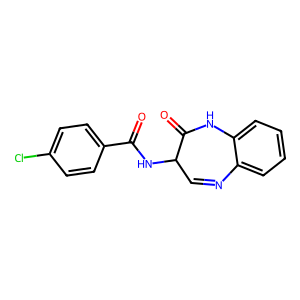
SMILES: O=C(NC1C=Nc2ccccc2NC1=O)c1ccc(Cl)cc1
Inhibits HIV replication: No